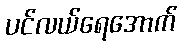
ပင်လယ်ရေအောက်